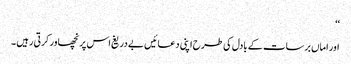
‘‘
اور اماں برسات کے بادل کی طرح اپنی دعائیں بے دریغ اس پر نچھاور کرتی رہیں ۔